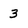
Character: 3